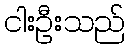
ငါးဦးသည်